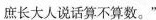
庶长大人说话算不算数。